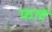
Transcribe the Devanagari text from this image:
फलें